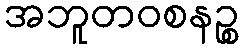
အဘူတဝစနဉ္စ